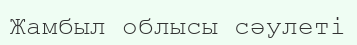
Жамбыл облысы сәулеті